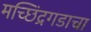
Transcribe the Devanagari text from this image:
मच्छिंद्रगडाचा